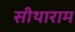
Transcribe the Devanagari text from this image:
सीथाराम